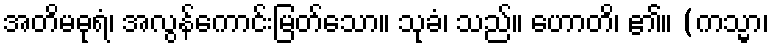
အတိမဓုရံ၊ အလွန်ကောင်းမြတ်သော။ သုခံ၊ သည်။ ဟောတိ၊ ၏။ (ကသ္မာ၊